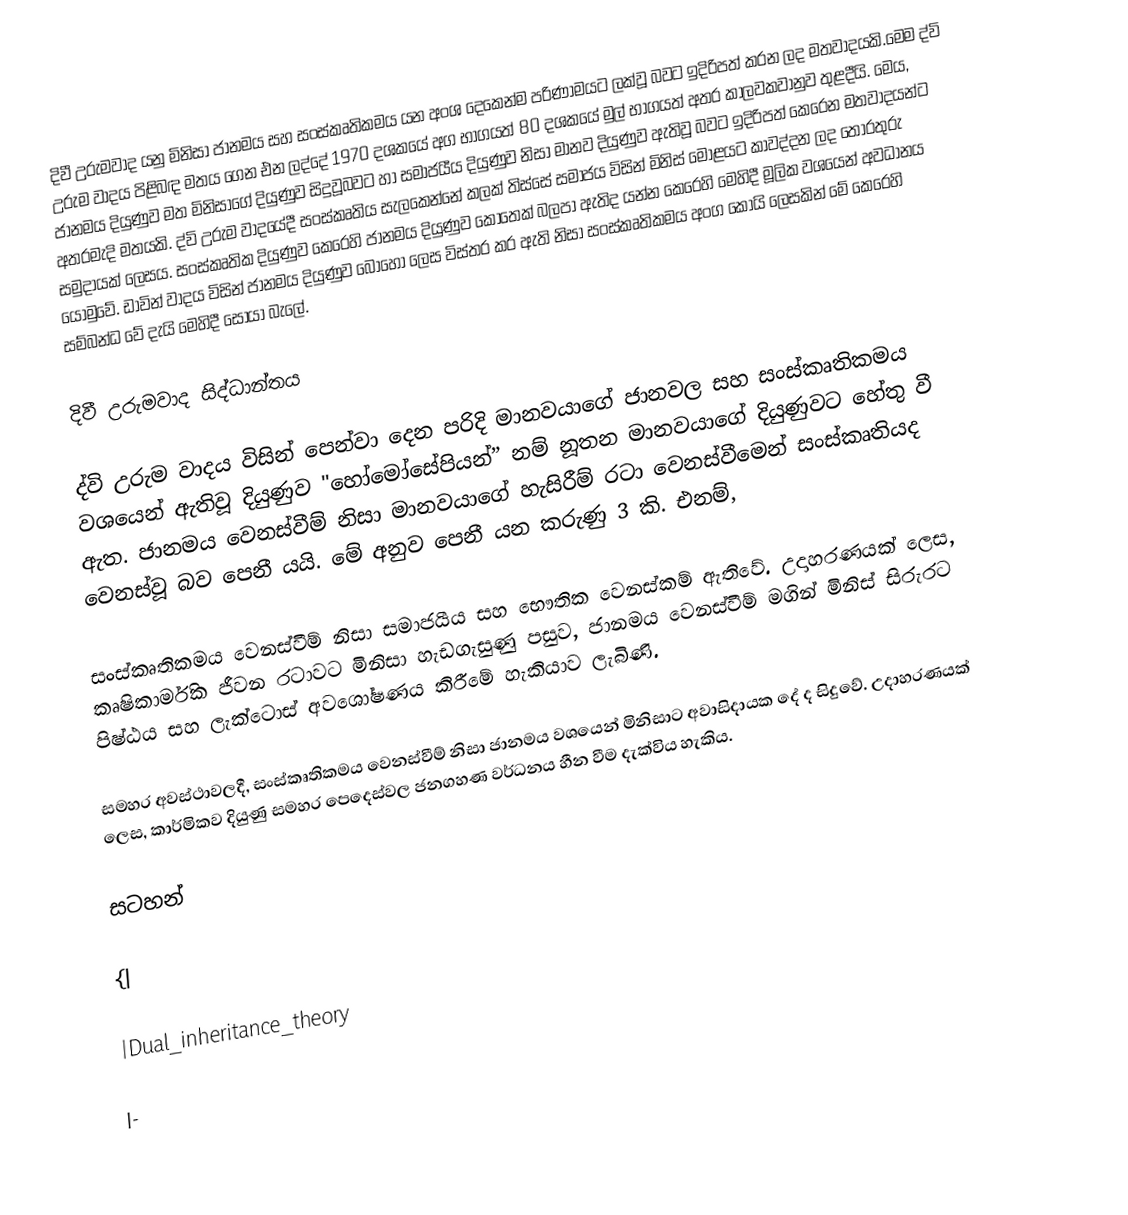
දිවී උරුමවාද යනු මිනිසා ජානමය සහ සංස්කෘතිකමය යන අංශ දෙකෙන්ම පරිණාමයට ලක්වූ බවට ඉදිරිපත් කරන ලද මතවාදයකි.මෙම ද්වි උරුම වාදය පිළිබඳ මතය ගෙන එන ලද්දේ 1970 දශකයේ අග භාගයත් 80 දශකයේ මුල් භාගයත් අතර කාලවකවානුව තුළදීයි. මෙය, ජානමය දියුණුව මත මිනිසාගේ දියුණුව සිදුවූබවට හා සමාජයීය දියුණුව නිසා මානව දියුණුව ඇතිවූ බවට ඉදිරිපත් කෙරෙන මතවාදයන්ට අතරමැදි මතයකි. ද්වි උරුම වාදයේදී සංස්කෘතිය සැලකෙන්නේ කලක් තිස්සේ සමාජය විසින් මිනිස් මොළයට කාවද්දන ලද තොරතුරු සමුදායක් ලෙසය. සංස්කෘතික දියුණුව කෙරෙහි ජානමය දියුණුව කොතෙක් බලපා ඇතිද යන්න කෙරෙහි මෙහිදී මූලික වශයෙන් අවධානය යොමුවේ. ඩාවින් වාදය විසින් ජානමය දියුණුව බොහෝ ලෙස විස්තර කර ඇති නිසා සංස්කෘතිකමය අංග කොයි ලෙසකින් මේ කෙරෙහි සම්බන්ධ වේ දැයි මෙහිදී සොයා බැලේ.

දිවී උරුමවාද සිද්ධාන්තය

ද්වි උරුම වාදය විසින් පෙන්වා දෙන පරිදි මානවයාගේ ජානවල සහ සංස්කෘතිකමය වශයෙන් ඇතිවූ දියුණුව "හෝමෝසේපියන්” නම් නූතන මානවයාගේ දියුණුවට හේතු වී ඇත. ජානමය වෙනස්වීම් නිසා මානවයාගේ හැසිරීම් රටා වෙනස්වීමෙන් සංස්කෘතියද  වෙනස්වූ බව පෙනී යයි. මේ අනුව පෙනී යන කරුණු 3 කි. එනම්,

සංස්කෘතිකමය වෙනස්වීම් නිසා සමාජයීය සහ භෞතික වෙනස්කම් ඇතිවේ. උදාහරණයක් ලෙස, කෘෂිකාර්මික ජීවන රටාවට මිනිසා හැඩගැසුණු පසුව, ජානමය වෙනස්වීම් මගින් මිනිස් සිරුරට පිෂ්ඨය සහ ලැක්ටොස් අවශෝෂණය කිරීමේ හැකියාව ලැබිණි.

සමහර අවස්ථාවලදී, සංස්කෘතිකමය වෙනස්වීම් නිසා ජානමය වශයෙන් මිනිසාට අවාසිදායක දේ ද සිදුවේ. උදාහරණයක් ලෙස, කාර්මිකව දියුණු සමහර පෙදෙස්වල ජනගහණ වර්ධනය හීන වීම දැක්විය හැකිය.

සටහන්

{|

|Dual_inheritance_theory

|-